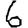
Digit: 6